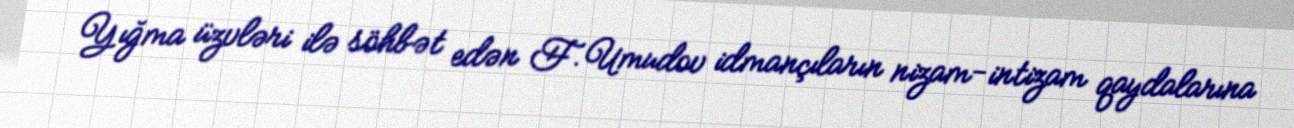
Yığma üzvləri ilə söhbət edən F.Umudov idmançıların nizam-intizam qaydalarına